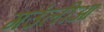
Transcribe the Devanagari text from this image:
गउंलीआ